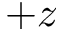
+ z